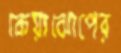
কেয়াঝোপের